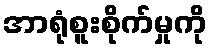
အာရုံစူးစိုက်မှုကို